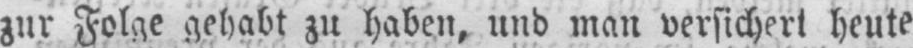
zur Folge gehabt zu haben, und man versichert heute